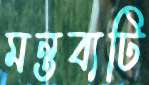
মন্তব্যটি